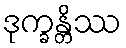
ဒုက္ခန္တိဿ